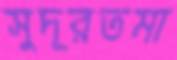
সুদূরতমা